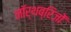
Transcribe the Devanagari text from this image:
नॉर्थब्रिजों